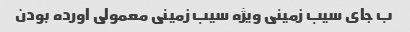
ب جای سیب زمینی ویژه سیب زمینی معمولی اورده بودن